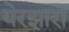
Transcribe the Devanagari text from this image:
येरझारा